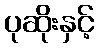
ပုဆိုးနှင့်